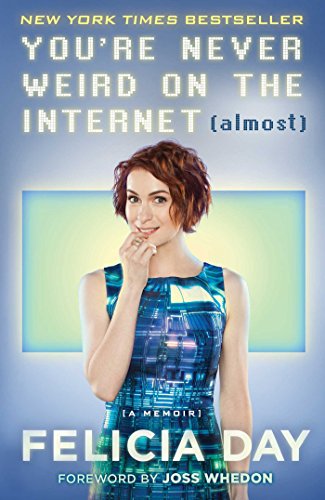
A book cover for You're Never Weird on the Internet (Almost): A Memoir; Felicia Day; Humor & Entertainment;